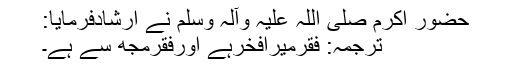
حضورِ اکرم صلی اللہ علیہ وآلہٖ وسلم نے ارشادفرمایا:
ترجمہ: فقرمیرافخرہے اورفقرمجھ سے ہے۔